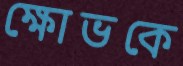
ক্ষোভকে